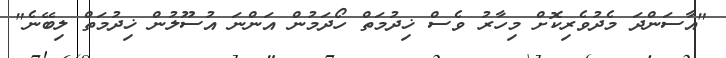
"އާސަންދަ މެދުވެރިކޮށް މިހާރު ވެސް ޚިދުމަތް ހޯދަމުން އަންނަ އުސޫލުން ޚިދުމަތް ލިބޭނެ"